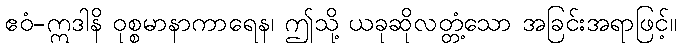
ဧဝံ-ဣဒါနိ ဝုစ္စမာနာကာရေန၊ ဤသို့ ယခုဆိုလတ္တံ့သော အခြင်းအရာဖြင့်။